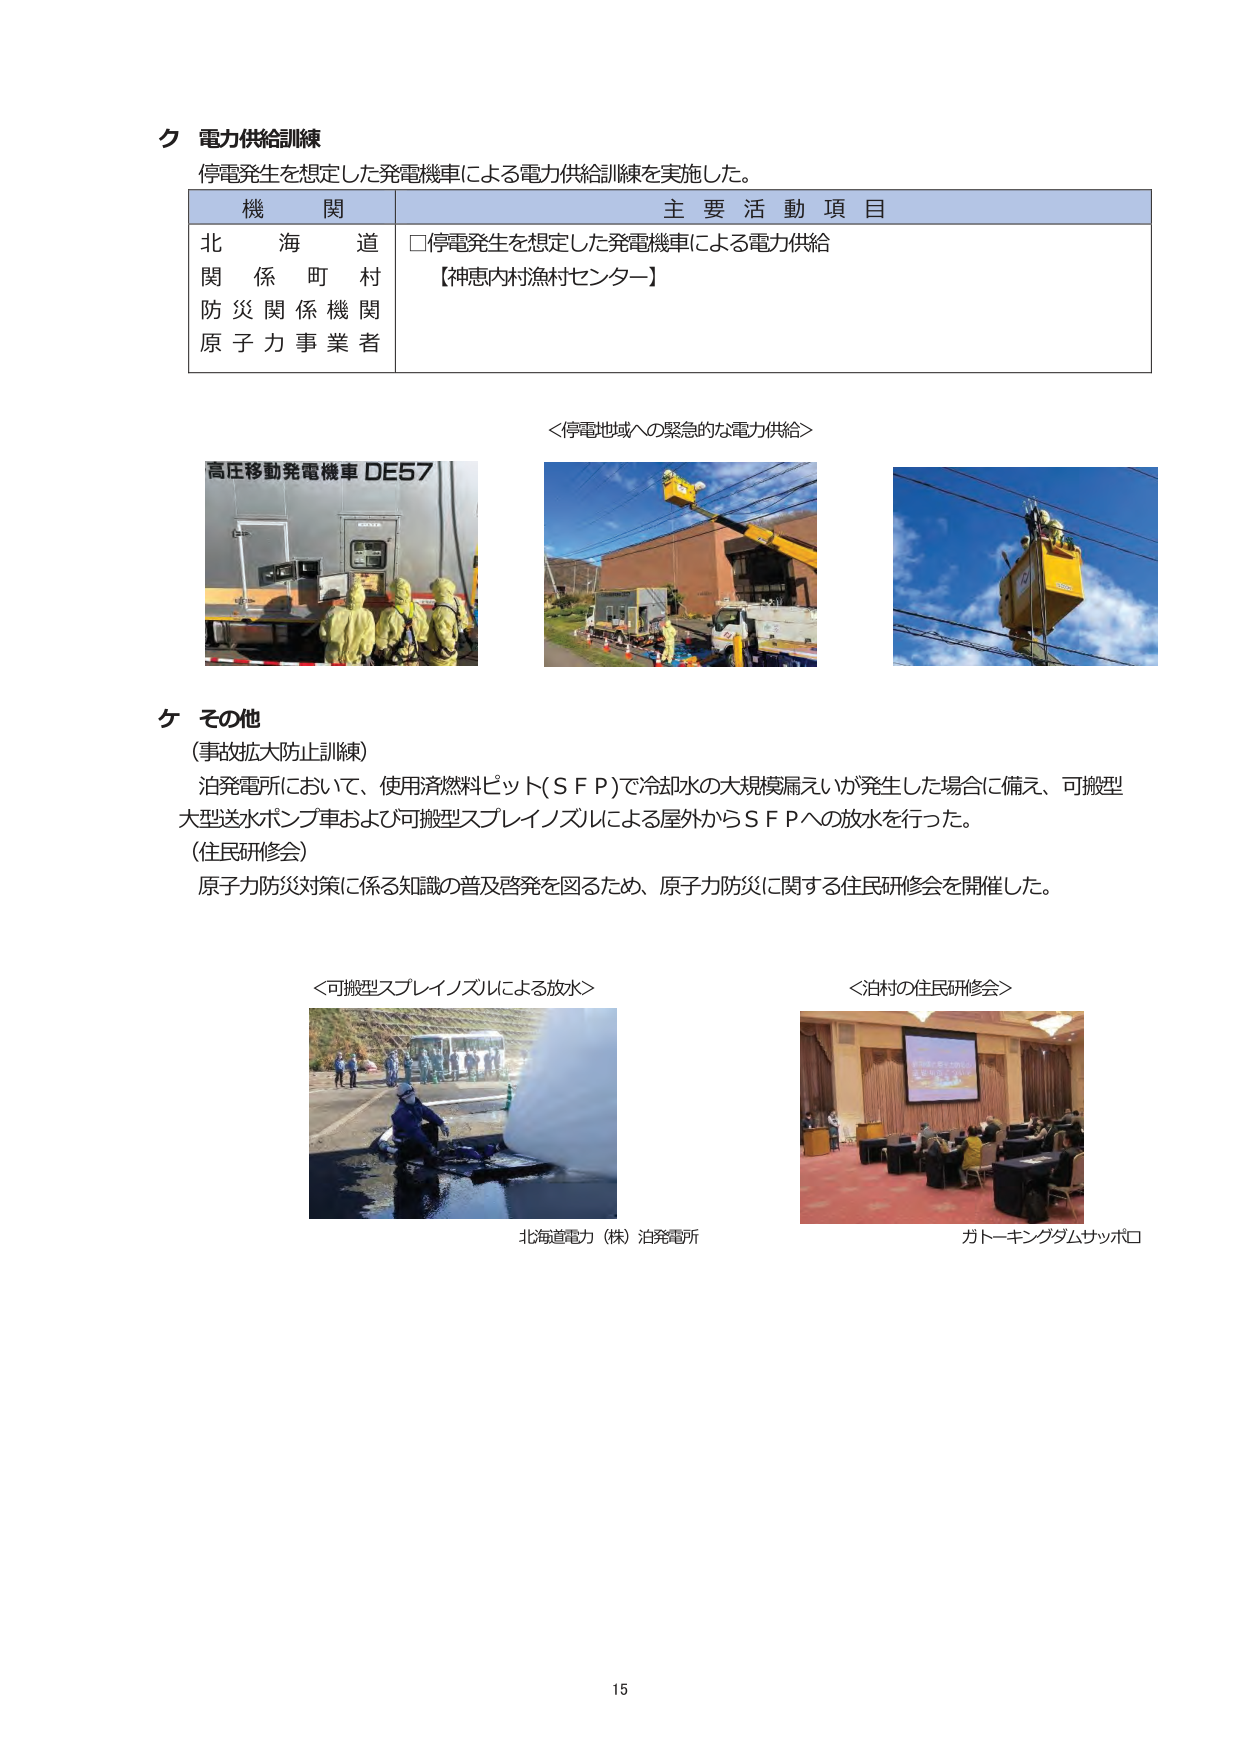
ク 電力供給訓練
停電発生を想定した発電機車による電力供給訓練を実施した。

機 関